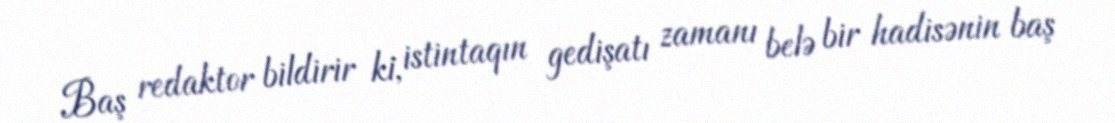
Baş redaktor bildirir ki, istintaqın gedişatı zamanı belə bir hadisənin baş